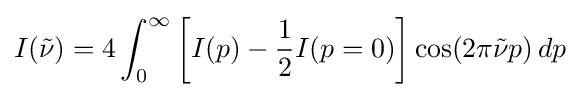
I({\tilde {\nu }})=4\int _{0}^{\infty }\left[I(p)-{\frac {1}{2}}I(p=0)\right]\cos(2\pi {\tilde {\nu }}p)\,dp